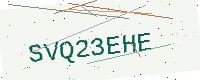
Text: SVQ23EHE